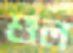
শুল